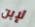
لإبن